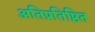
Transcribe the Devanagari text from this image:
अतिप्रतिष्ठित